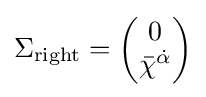
\Sigma _{\mathrm {right} }={\begin{pmatrix}0\\{\bar {\chi }}^{\dot {\alpha }}\\\end{pmatrix}}